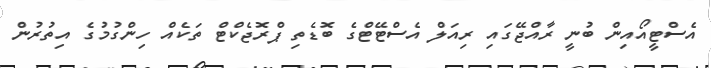
އެސްޓީއޯއިން ބުނީ ރާއްޖޭގައި ރިއަލް އެސްޓޭޓްގެ ބޮޑެތި ޕްރޮޖެކްޓް ތަކެއް ހިންގުމުގެ އިތުރުން